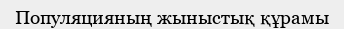
Популяцияның жыныстық құрамы